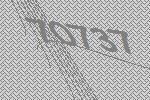
70737